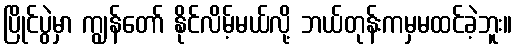
ပြိုင်ပွဲမှာ ကျွန်တော် နိုင်လိမ့်မယ်လို့ ဘယ်တုန်းကမှမထင်ခဲ့ဘူး။